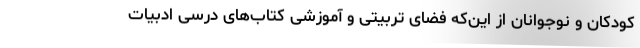
کودکان و نوجوانان از این‌که فضای تربیتی و آموزشی کتاب‌های درسی ادبیات